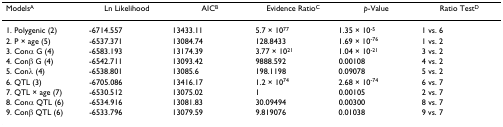
| ModelsA | Ln Likelihood | AICB | Evidence RatioC | p-Value | Ratio TestD |
 | --- | --- | --- | --- | --- | --- |
 | 1. Polygenic (2) | -6714.557 | 13433.11 | 5.7 × 1077 | 1.35 × 10-5 | 1 vs. 6 |
 | 2. P × age (5) | -6537.371 | 13084.74 | 128.8433 | 1.69 × 10-76 | 1 vs. 2 |
 | 3. Conα G (4) | -6583.193 | 13174.39 | 3.77 × 1021 | 1.04 × 10-21 | 3 vs. 2 |
 | 4. Conβ G (4) | -6542.711 | 13093.42 | 9888.592 | 0.00108 | 4 vs. 2 |
 | 5. Conλ (4) | -6538.801 | 13085.6 | 198.1198 | 0.09078 | 5 vs. 2 |
 | 6. QTL (3) | -6705.086 | 13416.17 | 1.2 × 1074 | 2.68 × 10-74 | 6 vs. 7 |
 | 7. QTL × age (7) | -6530.512 | 13075.02 | 1 | 0.00105 | 2 vs. 7 |
 | 8. Conα QTL (6) | -6534.916 | 13081.83 | 30.09494 | 0.00300 | 8 vs. 7 |
 | 9. Conβ QTL (6) | -6533.796 | 13079.59 | 9.819076 | 0.01038 | 9 vs. 7 |